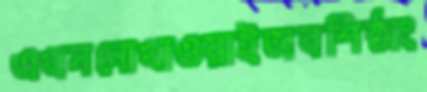
এখননোখাওয়াইঅবশিষ্ঠাং